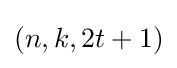
(n,k,2t+1)